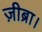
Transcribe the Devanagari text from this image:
ज़ीब्रा।